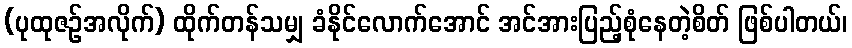
(ပုထုဇဉ်အလိုက်) ထိုက်တန်သမျှ ခံနိုင်လောက်အောင် အင်အားပြည့်စုံနေတဲ့စိတ် ဖြစ်ပါတယ်၊